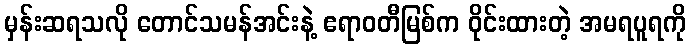
မှန်းဆရသလို တောင်သမန်အင်းနဲ့ ဧရာဝတီမြစ်က ဝိုင်းထားတဲ့ အမရပူရကို